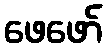
ဖေဖော်